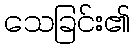
သေခြင်း၏